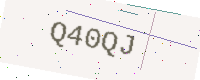
Text: Q40QJ